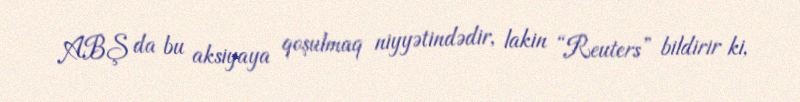
ABŞ da bu aksiyaya qoşulmaq niyyətindədir, lakin “Reuters” bildirir ki,